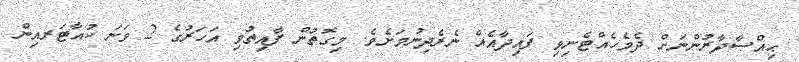
ޙިއްޞާދާރުންނަށް ދެމެހެއްޓެނިވި ފައިދާއެއް ނެރެދިނުމަށެވެ. މިގޮތުން ފާއިތުވި އަހަރުގެ 2 ވަނަ ކުއާޓަރއިން